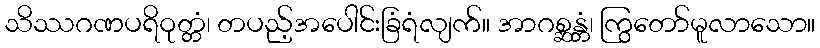
သိဿဂဏပရိဝုတ္တံ၊ တပည့်အပေါင်းခြံရံလျက်။ အာဂစ္ဆန္တံ၊ ကြွတော်မူလာသော။